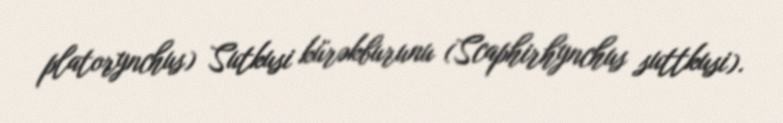
platorynchus) Sutkusi kürəkburunu (Scaphirhynchus suttkusi).